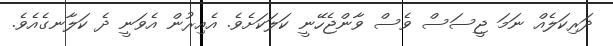
ދަރިކަލެއް ނަމަ ޖީސަސް ވެސް ވާންޖެހޭނީ ކަލަކަށެވެ. އެއިރުން އެވަނީ ދެ ކަލާނގެއެވެ.